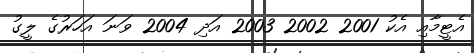
އެޓީމާއި އެކު 2001 2002 2003 އަދި 2004 ވަނަ އަހަރުގެ ލީގު